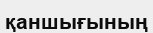
қаншығының